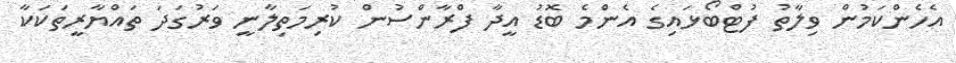
އެހެންކަމުން ވިލާތު ފުޓްބޯޅައިގެ އެންމެ ބޮޑު އީދާ ފްރާންސުން ކުރިމަތިލާނީ ވަރުގަދަ ތައްޔާރީތަކަކާ